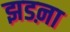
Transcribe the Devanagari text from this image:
झडऩा